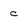
Character: c